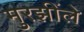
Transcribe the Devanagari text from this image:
मुरझींले